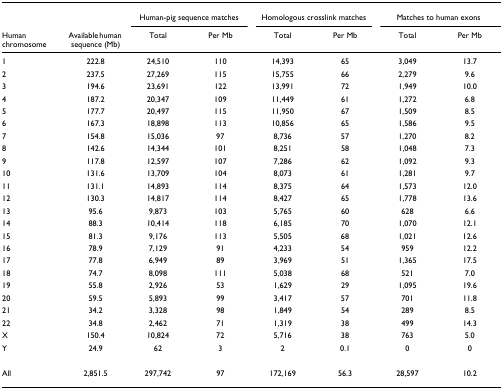
<table><thead><tr><td></td><td></td><td colspan="2"><b>Human-pig sequence matches</b></td><td colspan="2"><b>Homologous crosslink matches</b></td><td colspan="2"><b>Matches to human exons</b></td></tr><tr><td><b>Human chromosome</b></td><td><b>Available human sequence (Mb)</b></td><td><b>Total</b></td><td><b>Per Mb</b></td><td><b>Total</b></td><td><b>Per Mb</b></td><td><b>Total</b></td><td><b>Per Mb</b></td></tr></thead><tbody><tr><td>1</td><td>222.8</td><td>24,510</td><td>110</td><td>14,393</td><td>65</td><td>3,049</td><td>13.7</td></tr><tr><td>2</td><td>237.5</td><td>27,269</td><td>115</td><td>15,755</td><td>66</td><td>2,279</td><td>9.6</td></tr><tr><td>3</td><td>194.6</td><td>23,691</td><td>122</td><td>13,991</td><td>72</td><td>1,949</td><td>10.0</td></tr><tr><td>4</td><td>187.2</td><td>20,347</td><td>109</td><td>11,449</td><td>61</td><td>1,272</td><td>6.8</td></tr><tr><td>5</td><td>177.7</td><td>20,497</td><td>115</td><td>11,950</td><td>67</td><td>1,509</td><td>8.5</td></tr><tr><td>6</td><td>167.3</td><td>18,898</td><td>113</td><td>10,856</td><td>65</td><td>1,586</td><td>9.5</td></tr><tr><td>7</td><td>154.8</td><td>15,036</td><td>97</td><td>8,736</td><td>57</td><td>1,270</td><td>8.2</td></tr><tr><td>8</td><td>142.6</td><td>14,344</td><td>101</td><td>8,251</td><td>58</td><td>1,048</td><td>7.3</td></tr><tr><td>9</td><td>117.8</td><td>12,597</td><td>107</td><td>7,286</td><td>62</td><td>1,092</td><td>9.3</td></tr><tr><td>10</td><td>131.6</td><td>13,709</td><td>104</td><td>8,073</td><td>61</td><td>1,281</td><td>9.7</td></tr><tr><td>11</td><td>131.1</td><td>14,893</td><td>114</td><td>8,375</td><td>64</td><td>1,573</td><td>12.0</td></tr><tr><td>12</td><td>130.3</td><td>14,817</td><td>114</td><td>8,427</td><td>65</td><td>1,778</td><td>13.6</td></tr><tr><td>13</td><td>95.6</td><td>9,873</td><td>103</td><td>5,765</td><td>60</td><td>628</td><td>6.6</td></tr><tr><td>14</td><td>88.3</td><td>10,414</td><td>118</td><td>6,185</td><td>70</td><td>1,070</td><td>12.1</td></tr><tr><td>15</td><td>81.3</td><td>9,176</td><td>113</td><td>5,505</td><td>68</td><td>1,021</td><td>12.6</td></tr><tr><td>16</td><td>78.9</td><td>7,129</td><td>91</td><td>4,233</td><td>54</td><td>959</td><td>12.2</td></tr><tr><td>17</td><td>77.8</td><td>6,949</td><td>89</td><td>3,969</td><td>51</td><td>1,365</td><td>17.5</td></tr><tr><td>18</td><td>74.7</td><td>8,098</td><td>111</td><td>5,038</td><td>68</td><td>521</td><td>7.0</td></tr><tr><td>19</td><td>55.8</td><td>2,926</td><td>53</td><td>1,629</td><td>29</td><td>1,095</td><td>19.6</td></tr><tr><td>20</td><td>59.5</td><td>5,893</td><td>99</td><td>3,417</td><td>57</td><td>701</td><td>11.8</td></tr><tr><td>21</td><td>34.2</td><td>3,328</td><td>98</td><td>1,849</td><td>54</td><td>289</td><td>8.5</td></tr><tr><td>22</td><td>34.8</td><td>2,462</td><td>71</td><td>1,319</td><td>38</td><td>499</td><td>14.3</td></tr><tr><td>X</td><td>150.4</td><td>10,824</td><td>72</td><td>5,716</td><td>38</td><td>763</td><td>5.0</td></tr><tr><td>Y</td><td>24.9</td><td>62</td><td>3</td><td>2</td><td>0.1</td><td>0</td><td>0</td></tr><tr><td>All</td><td>2,851.5</td><td>297,742</td><td>97</td><td>172,169</td><td>56.3</td><td>28,597</td><td>10.2</td></tr></tbody></table>